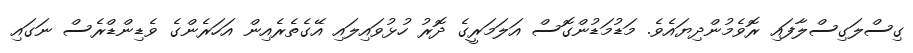
ގިސްލަގިސްލާފައި ރޮވެމުންދިޔައެވެ. މަޑުމަޑުންގޮސް އަލަމަރީގެ ދޮރު ހުޅުވައިލައި އޭގެތެރެއިން އަހަރެންގެ ވެޑިންޑްރެސް ނަގައި